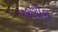
પરણીશ